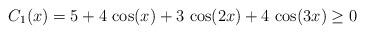
LaTeX: \begin{align*} C_1(x) = 5 + 4\,\cos(x) + 3\,\cos(2x) + 4\,\cos(3x) \geq 0 \end{align*}